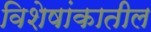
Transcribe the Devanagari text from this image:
विशेषांकातील